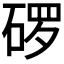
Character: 𬒓